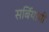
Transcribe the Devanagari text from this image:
सर्बियायी